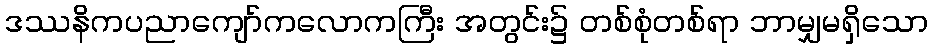
ဒဿနိကပညာကျော်ကလောကကြီး အတွင်း၌ တစ်စုံတစ်ရာ ဘာမျှမရှိသော